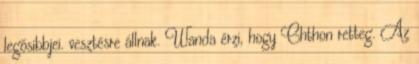
legősibbjei. vesztésre állnak. Wanda érzi, hogy Chthon retteg. Az